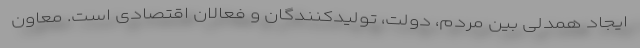
ایجاد همدلی بین مردم، دولت، تولیدکنندگان و فعالان اقتصادی است. معاون